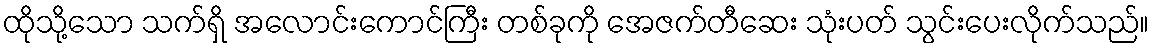
ထိုသို့သော သက်ရှိ အလောင်းကောင်ကြီး တစ်ခုကို အေဇက်တီဆေး သုံးပတ် သွင်းပေးလိုက်သည်။